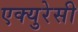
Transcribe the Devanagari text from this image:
एक्युरेसी